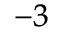
^ { - 3 }